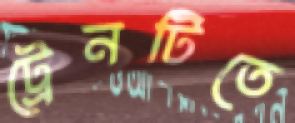
ট্রেনটিতে